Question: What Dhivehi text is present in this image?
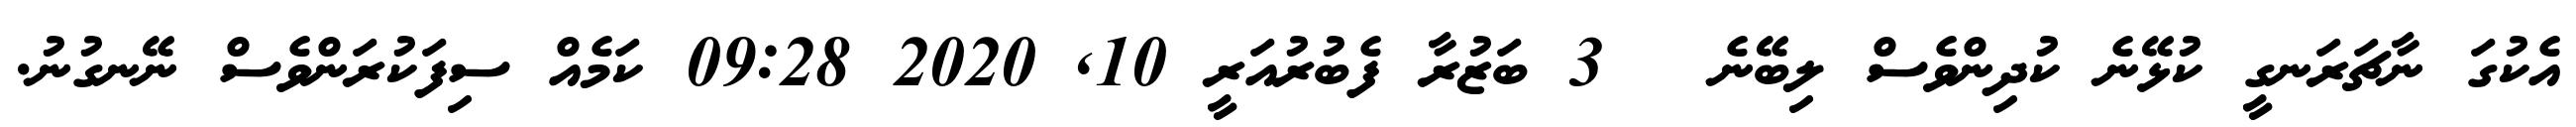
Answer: އެކުގަ ނާޗަރަނގީ ކުޅޭނެ ކުދިންވެސް ލިބޭނެ ? 3 ބަޒުރާ ފެބުރުއަރީ 10, 2020 09:28 ކަމެއް ސިފަކުރަންވެސް ނޭނގުނު.